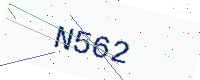
Text: N562